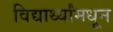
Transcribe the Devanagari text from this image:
विद्यार्थ्यांमधून